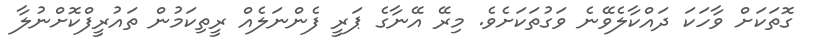
ގޮތަކަށް ވާހަކަ ދައްކާލެވޭނެ ވަގުތަކަށެވެ. މިރޭ އޭނާގެ ޕަރީ ފެންނަލެއް ރީތިކަމުން ތައުރީފްކޮށްނުލާ